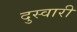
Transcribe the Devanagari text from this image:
दुस्वारी